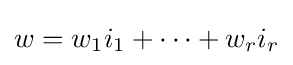
w=w_{1}i_{1}+\cdots +w_{r}i_{r}